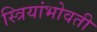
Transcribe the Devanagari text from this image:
स्त्रियांभोवती